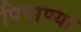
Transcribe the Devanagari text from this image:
पिपाण्या